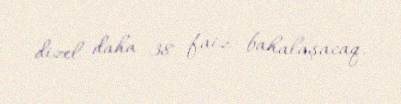
dizel daha 38 faiz bahalaşacaq.